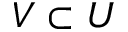
V \subset U